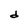
Character: d